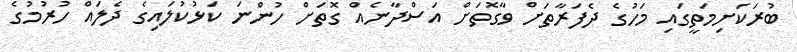
ބުރަކަށިމަތީގައި މަހުގެ ދެފަރާތަށް ވާގޮތަށް އަސްދާނެއް ގޮތަށް ހުންނަ ކަޅުކުލައިގެ ދެލައް ހުރުމުގެ